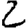
Digit: 2